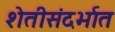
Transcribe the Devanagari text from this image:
शेतीसंदर्भात